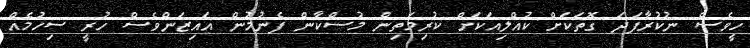
ހީވެސް ނުކުރާފަދަ ގޮތަކަށް ކުއްލިއަކަށް ކުރިމަތިން މުސްކާން ފެނުމުން އައިޒަންވެސް ހުރީ ސިހުމެއް